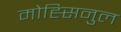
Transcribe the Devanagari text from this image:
मोह्सिनुल